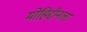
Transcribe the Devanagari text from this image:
मोहिद्दीनला